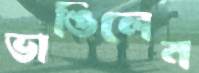
ভাঙিলেন